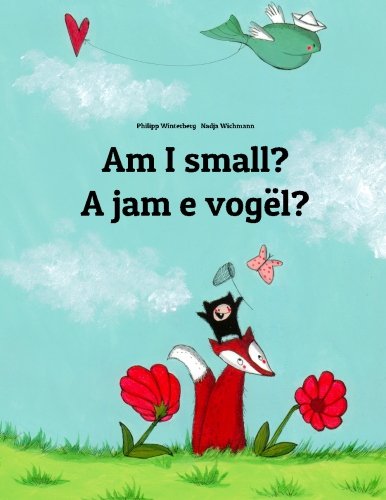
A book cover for Am I small? A jam e vogÃ«l?: Children's Picture Book English-Albanian (Bilingual Edition); Philipp Winterberg; Children's Books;